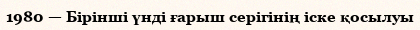
1980 — Бiрiншi үндi ғарыш серiгiнiң iске қосылуы